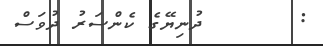
:       ދުނިޔޭގެ ކެންސަރު ދުވަސް